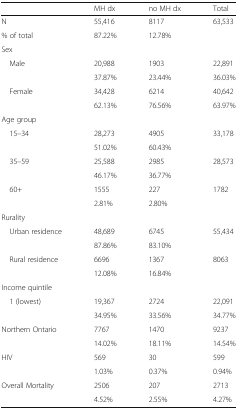
|  | MH dx | no MH dx | Total |
 | --- | --- | --- | --- |
 | N | 55,416 | 8117 | 63,533 |
 | % of total | 87.22% | 12.78% |  |
 | <COLSPAN=4> Sex |
 | <ROWSPAN=2> Male | 20,988 | 1903 | 22,891 |
 | 37.87% | 23.44% | 36.03% |
 | <ROWSPAN=2> Female | 34,428 | 6214 | 40,642 |
 | 62.13% | 76.56% | 63.97% |
 | <COLSPAN=4> Age group |
 | <ROWSPAN=2> 15–34 | 28,273 | 4905 | 33,178 |
 | 51.02% | 60.43% |  |
 | <ROWSPAN=2> 35–59 | 25,588 | 2985 | 28,573 |
 | 46.17% | 36.77% |  |
 | <ROWSPAN=2> 60+ | 1555 | 227 | 1782 |
 | 2.81% | 2.80% |  |
 | <COLSPAN=4> Rurality |
 | <ROWSPAN=2> Urban residence | 48,689 | 6745 | 55,434 |
 | 87.86% | 83.10% |  |
 | <ROWSPAN=2> Rural residence | 6696 | 1367 | 8063 |
 | 12.08% | 16.84% |  |
 | <COLSPAN=4> Income quintile |
 | <ROWSPAN=2> 1 (lowest) | 19,367 | 2724 | 22,091 |
 | 34.95% | 33.56% | 34.77% |
 | <ROWSPAN=2> Northern Ontario | 7767 | 1470 | 9237 |
 | 14.02% | 18.11% | 14.54% |
 | <ROWSPAN=2> HIV | 569 | 30 | 599 |
 | 1.03% | 0.37% | 0.94% |
 | <ROWSPAN=2> Overall Mortality | 2506 | 207 | 2713 |
 | 4.52% | 2.55% | 4.27% |